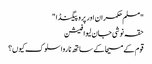
"مسلم حکمران اور پروپیگنڈا "
حقہ نوشی جان لیوا فیشن
قوم کے مسیحا کے ساتھ ناروا سلوک کیوں؟